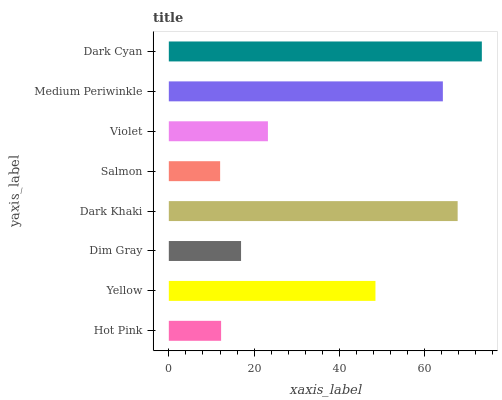
| yaxis_label | bars |
 | --- | --- |
 | Hot Pink | 12.3 |
 | Yellow | 48.4 |
 | Dim Gray | 16.9 |
 | Dark Khaki | 67.7 |
 | Salmon | 12 |
 | Violet | 23.2 |
 | Medium Periwinkle | 64.3 |
 | Dark Cyan | 73.4 |